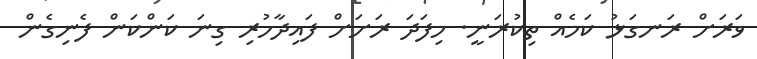
ވަރަށް ރަނގަޅު ކަމެއް ތިކުރަނީ. މިފަދަ ރަށަށް ފައިދާހުރި ގިނަ ކަންކަން ފެނިގެން